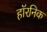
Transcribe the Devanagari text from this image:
हॉरनिक